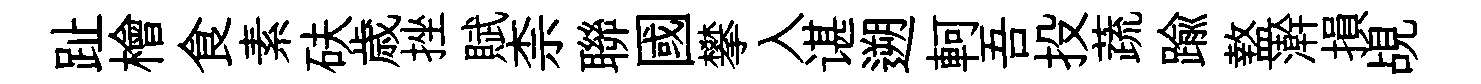
趾檜食素砆歳挫賦柰聯國攀入谌遡軻吾投蔬踰盩澣損覘